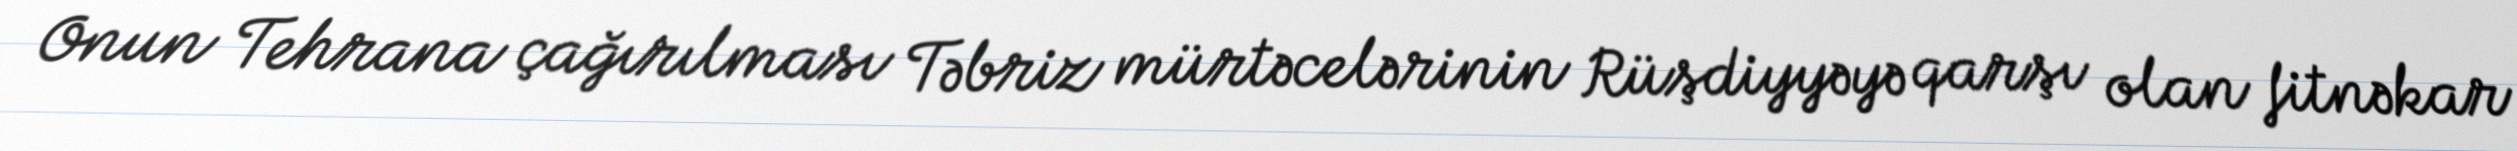
Onun Tehrana çağırılması Təbriz mürtəcelərinin Rüşdiyyəyə qarşı olan fitnəkar